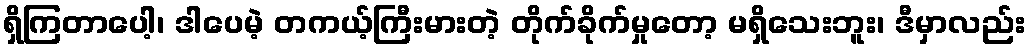
ရှိကြတာပေါ့၊ ဒါပေမဲ့ တကယ့်ကြီးမားတဲ့ တိုက်ခိုက်မှုတော့ မရှိသေးဘူး၊ ဒီမှာလည်း